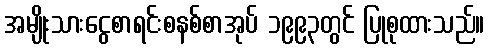
အမျိုးသားငွေစာရင်းစနစ်စာအုပ် ၁၉၉၃တွင် ပြုစုထားသည်။